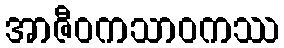
အာဇီဝကသာဝကဿ